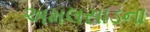
અમલસાડના